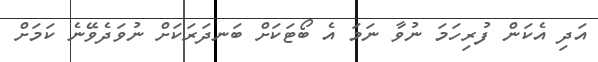
އަދި އެކަން ފުރިހަމަ ނުވާ ނަމަ އެ ބޯޓަކަށް ބަނދަރަކަށް ނުވަދެވޭނެ ކަމަށް